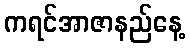
ကရင်အာဇာနည်နေ့